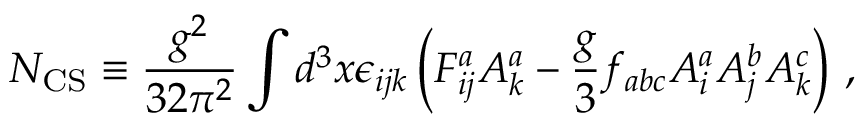
N _ { \mathrm { C S } } \equiv \frac { g ^ { 2 } } { 3 2 \pi ^ { 2 } } \int d ^ { 3 } x \epsilon _ { i j k } \left( F _ { i j } ^ { a } A _ { k } ^ { a } - \frac { g } { 3 } f _ { a b c } A _ { i } ^ { a } A _ { j } ^ { b } A _ { k } ^ { c } \right) \, ,